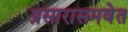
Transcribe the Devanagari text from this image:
प्रसारासमवेत